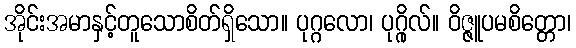
အိုင်းအမာနှင့်တူသောစိတ်ရှိသော။ ပုဂ္ဂလော၊ ပုဂ္ဂိုလ်။ ဝိဇ္ဇူပမစိတ္တော၊